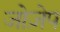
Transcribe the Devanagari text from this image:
जोज़ेप